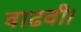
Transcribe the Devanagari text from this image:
वाढवी।